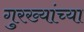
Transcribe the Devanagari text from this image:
गुरख्यांच्या